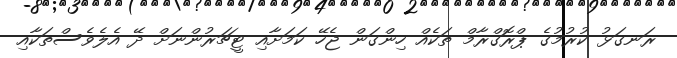
ރަނގަޅު ކުރުމުގެ ޕްރޮގްރާމް ތަކެއް ހިންގަން ޖެހޭ ކަމަށާއި ޓީޗަރުންނަށް ދޭ އެލެވެސްތަކާއި